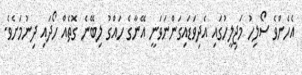
އެހެންވެ ސޯލިހު މަޖިލީހުގައި އެދިވަޑައިގަންނަވަނީ އޭނާގެ ހައްގު ލިބޭނެ ގޮތެއް ހޯދައި ދިނުމަށެވެ.